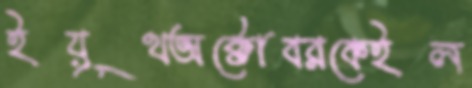
ইয়ূথঅক্টোবরকেইল